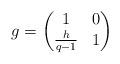
LaTeX: \begin{align*} g = \left(\begin{matrix} 1 & 0 \\ \frac{h}{q-1} & 1 \end{matrix}\right)\end{align*}